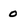
Character: o